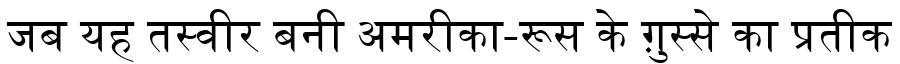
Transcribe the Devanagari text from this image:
जब यह तस्वीर बनी अमरीका-रूस के ग़ुस्से का प्रतीक